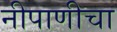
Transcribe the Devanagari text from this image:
नीपाणीचा